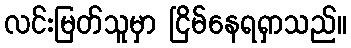
လင်းမြတ်သူမှာ ငြိမ်နေရရှာသည်။